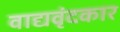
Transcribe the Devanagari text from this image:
वाद्यवृंदकार